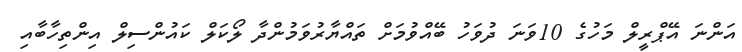
އަންނަ އޭޕްރީލް މަހުގެ 10ވަނަ ދުވަހު ބޭއްވުމަށް ތައްޔާރުވަމުންދާ ލޯކަލް ކައުންސިލް އިންތިހާބާއި